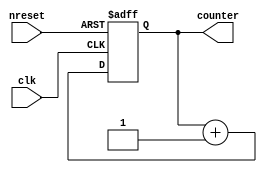
`timescale 1ns / 1ps
//////////////////////////////////////////////////////////////////////////////////
// Company: 
// Engineer: 
// 
// Design Name: 
// Module Name: Counter
// Project Name: 
// Target Devices: 
// Tool Versions: 
// Description: 
// 
// Dependencies: 
// 
// Revision:
// Revision 0.01 - File Created
// Additional Comments:
// 
//////////////////////////////////////////////////////////////////////////////////


module Counter #(parameter N=20)(
    output reg [N-1:0] counter,
    input nreset,
    input clk
);
    initial counter = 0;
    
    always @(posedge clk or negedge nreset)
    begin
        if(!nreset) counter <= 0;
        else counter <= counter + 1;
    end
endmodule